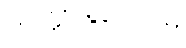
သုတ္တာနုလောမံ